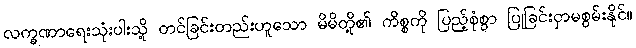
လက္ခဏာရေးသုံးပါးသို့ တင်ခြင်းတည်းဟူသော မိမိတို့၏ ကိစ္စကို ပြည့်စုံစွာ ပြုခြင်းငှာမစွမ်းနိုင်။